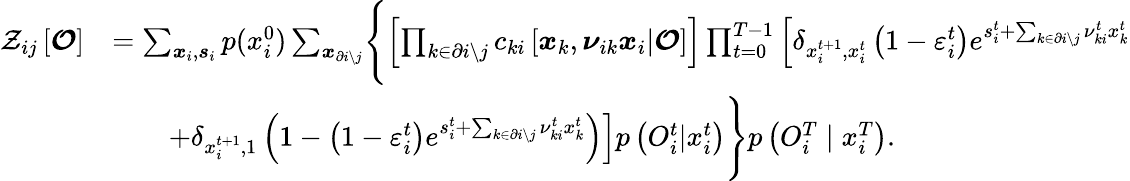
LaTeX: \begin{array}{rl}{\mathcal{Z}_{ij}\left[\boldsymbol{\mathcal{O}}\right]}&{=\sum_{\boldsymbol{x}_{i},\boldsymbol{s}_{i}}p(x_{i}^{0})\sum_{\boldsymbol{x}_{\partial i\setminus j}}\Biggl\{ \left[\prod_{k\in\partial i\setminus j}c_{ki}\left[\boldsymbol{x}_{k},\boldsymbol{\nu}_{ik}\boldsymbol{x}_{i}|\boldsymbol{\mathcal{O}}\right]\right]\prod_{t=0}^{T-1}\left[\delta_{x_{i}^{t+1},x_{i}^{t}}\left(1-\varepsilon_{i}^{t}\right)e^{s_{i}^{t}+\sum_{k\in\partial i\setminus j}\nu_{ki}^{t}x_{k}^{t}}\right.}\\ &{\qquad\left.+\delta_{x_{i}^{t+1},1}\left(1-\left(1-\varepsilon_{i}^{t}\right)e^{s_{i}^{t}+\sum_{k\in\partial i\setminus j}\nu_{ki}^{t}x_{k}^{t}}\right)\right]p\left({O}_{i}^{t}|x_{i}^{t}\right)\Biggr\} p\left({O}_{i}^{T}\mid x_{i}^{T}\right).}\end{array}